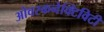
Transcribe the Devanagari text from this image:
ओवरकनेक्टिविटी